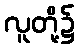
လူတို့၌